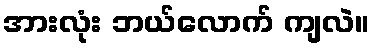
အားလုံး ဘယ်လောက် ကျလဲ။